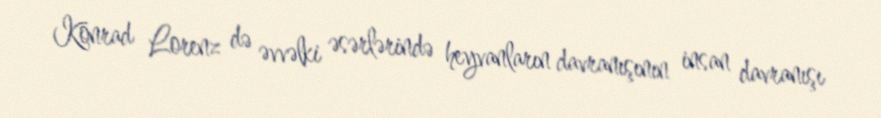
Konrad Lorenz də əvvəlki əsərlərində heyvanların davranışının insan davranışı